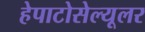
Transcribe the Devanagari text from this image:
हेपाटोसेल्यूलर